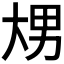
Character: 𰋢